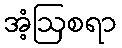
အံ့ဩစရာ